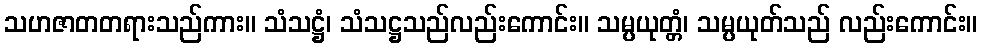
သဟဇာတတရားသည်ကား။ သံသဋ္ဌံ၊ သံသဋ္ဌသည်လည်းကောင်း။ သမ္ပယုတ္တံ၊ သမ္ပယုတ်သည် လည်းကောင်း။